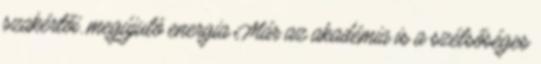
szakértői. megújuló energia Már az akadémia is a szélsőséges